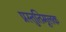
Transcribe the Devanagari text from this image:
प्रस्तुतिमूलक